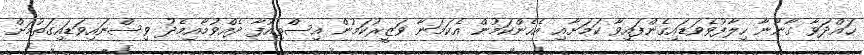
ހައްދަވާ ގާނޫނާ ހިލާފުވެވަޑައިގެންފައިވާ ކަމަށާއި އެހެންކަމުން އެކަމަނާ ވަޒީރުކަމުން އިސްތިއުފާ ދެއްވުމާއިމެދު ވިސްނައިވަޑައިގަތުމަށް